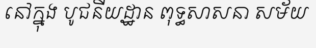
នៅក្នុង បូជនីយដ្ឋាន ពុទ្ធសាសនា សម័យ